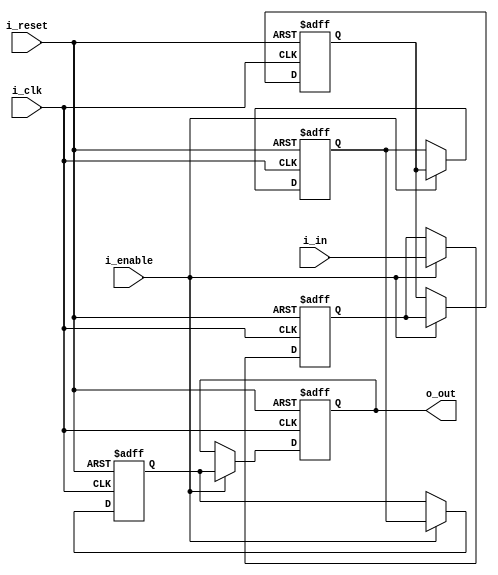
module pipe_delay #
(
	parameter CYCLES = 5,
	parameter WIDTH = 5
)
(
	input i_clk,
	input i_reset,
	input i_enable,
	
	input [WIDTH-1:0] i_in,
	output [WIDTH-1:0] o_out
);

reg [WIDTH-1:0] shiftregs [CYCLES-1:0];

integer i;
always @ (posedge i_clk or posedge i_reset) begin
	if (i_reset == 1'b1) begin
		for (i = 0; i < CYCLES; i = i + 1) begin
			shiftregs[i] <= 0;
		end
	end
	else if (i_enable) begin
		shiftregs[0] <= i_in;
		
		for (i = 0; i < CYCLES-1; i = i + 1) begin
			shiftregs[i+1] <= shiftregs[i];
		end
	end
end

assign o_out = shiftregs[CYCLES-1];

endmodule